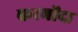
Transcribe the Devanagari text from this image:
करमोंदा